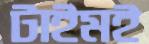
টাইমই